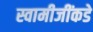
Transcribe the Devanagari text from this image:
स्वामीजींकडे